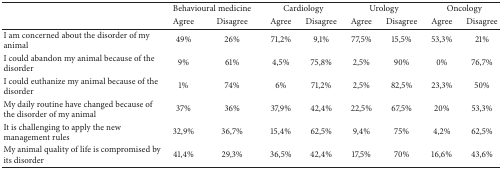
| <ROWSPAN=2>  | <COLSPAN=2> Behavioural medicine | <COLSPAN=2> Cardiology | <COLSPAN=2> Urology | <COLSPAN=2> Oncology |
 | Agree | Disagree | Agree | Disagree | Agree | Disagree | Agree | Disagree |
 | --- | --- | --- | --- | --- | --- | --- | --- | --- |
 | I am concerned about the disorder of my animal | 49% | 26% | 71,2% | 9,1% | 77,5% | 15,5% | 53,3% | 21% |
 | I could abandon my animal because of the disorder | 9% | 61% | 4,5% | 75,8% | 2,5% | 90% | 0% | 76,7% |
 | I could euthanize my animal because of the disorder | 1% | 74% | 6% | 71,2% | 2,5% | 82,5% | 23,3% | 50% |
 | My daily routine have changed because of the disorder of my animal | 37% | 36% | 37,9% | 42,4% | 22,5% | 67,5% | 20% | 53,3% |
 | It is challenging to apply the new management rules | 32,9% | 36,7% | 15,4% | 62,5% | 9,4% | 75% | 4,2% | 62,5% |
 | My animal quality of life is compromised by its disorder | 41,4% | 29,3% | 36,5% | 42,4% | 17,5% | 70% | 16,6% | 43,6% |